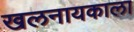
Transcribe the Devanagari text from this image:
खलनायकाला